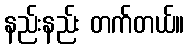
နည်းနည်း တက်တယ်။